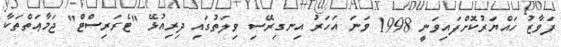
ފަވާޒު ހައްޔަރުކޮށްފައިވަނީ 1998 ވަނަ އަހަރު އިނގިރޭސި ވިލަތުގައި ދިރިއުޅޭ "ޓެރަރިސްޓް" ޖަމާޢަތްތަކާ